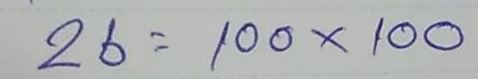
26 = 100 x 100